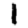
Digit: 1